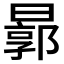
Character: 𣍉